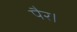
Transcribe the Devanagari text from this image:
पैर।